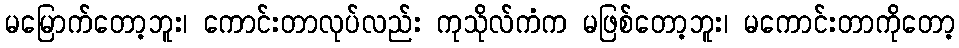
မမြောက်တော့ဘူး၊ ကောင်းတာလုပ်လည်း ကုသိုလ်ကံက မဖြစ်တော့ဘူး၊ မကောင်းတာကိုတော့